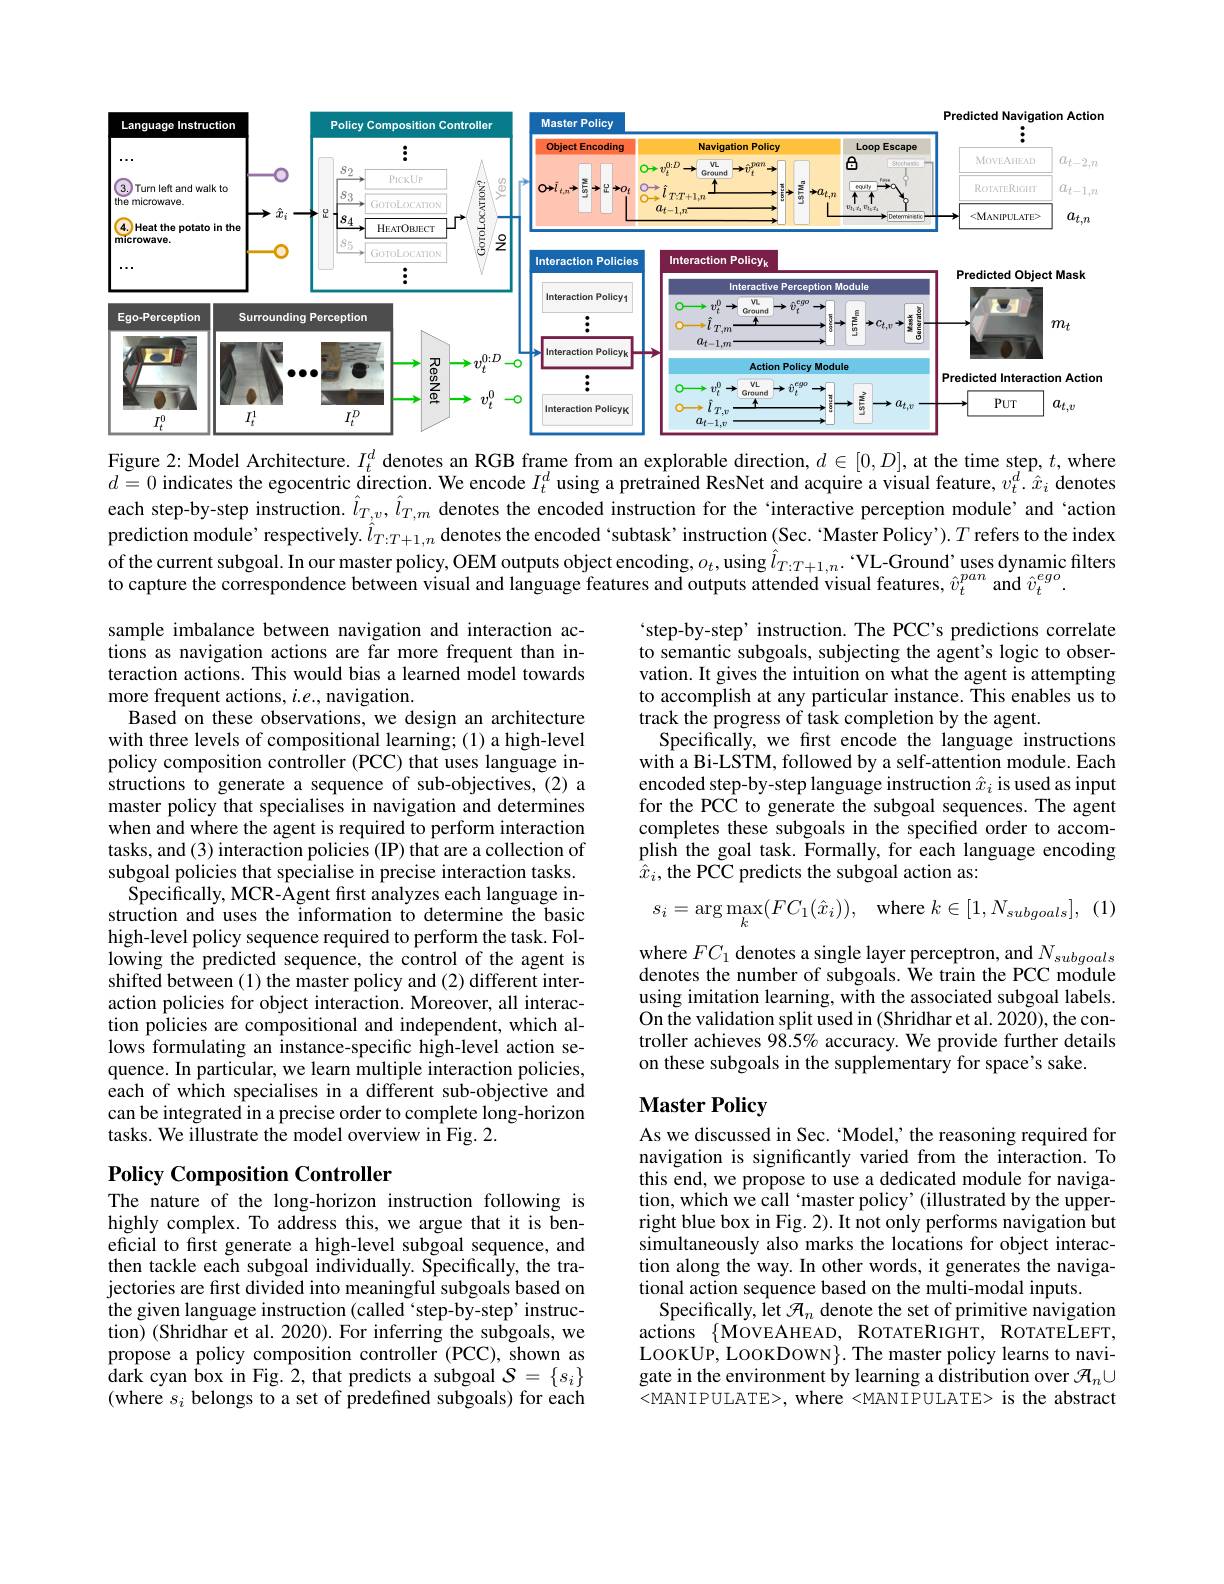
<FigureHere>
Figure 2: Model Architecture. $I_t^d$ denotes an RGB frame from an explorable direction, $d\in[0,D]$, at the time step, $t$, where

$\tilde{d}=0$ indicates the egocentric direction. We encode $I_t^d$ using a pretrained ResNet and acquire a visual feature, $v_t^d.\hat{x}_i$ denotes each step-by-step instruction. $\hat{l}_{T,v},\hat{l}_{T,m}$ denotes the encoded instruction for the `interactive perception module’and ‘action prediction module’ respectively. $\hat{l}_{T:T+1,n}$ denotes the encoded 'subtask' instruction (Sec. 'Master Policy'). $T$ refers to the index of the current subgoal. In our master policy, OEM outputs object encoding, $o_t$, using $\hat{l}_T:T+1,n.$ “VL-Ground’ uses dynamic filters to capture the correspondence between visual and language features and outputs attended visual features, $\hat{v}_t^{pan}$ and $\hat{v}_t^{ego}.$

step-by-step'instruction.The PCC's predictions correlate to semantic subgoals, subjecting the agent's logic to observation. It gives the intuition on what the agent is attempting to accomplish at any particular instance. This enables us to track the progress of task completion by the agent.
Specifically, we first encode the language instructions with a Bi-LSTM, followed by a self-attention module. Each encoded step-by-step language instruction $\hat{x}_i$ is used as input for the PCC to generate the subgoal sequences. The agent completes these subgoals in the specified order to accomplish the goal task. Formally, for each language encoding $\hat{x}_i$, the PCC predicts the subgoal action as:

sample imbalance between navigation and interaction actions as navigation actions are far more frequent than interaction actions. This would bias a learned model towards more frequent actions, $i.e.$, navigation.
Based on these observations, we design an architecture with three levels of compositional learning; (1) a high-level policy composition controller (PCC) that uses language instructions to generate a sequence of sub-objectives, (2) a master policy that specialises in navigation and determines when and where the agent is required to perform interaction tasks, and (3) interaction policies (IP) that are a collection of subgoal policies that specialise in precise interaction tasks. Specifically, MCR- Agent first analyzes each language in- struction and uses the information to determine the basic high-level policy sequence required to perform the task. Following the predicted sequence, the control of the agent is shifted between (1) the master policy and (2) different interaction policies for object interaction. Moreover, all interaction policies are compositional and independent, which allows formulating an instance-specific high-level action sequence. In particular, we learn multiple interaction policies, each of which specialises in a different sub-objective and can be integrated in a precise order to complete long-horizon tasks. We illustrate the model overview in Fig. 2.

(1)
$$s_{i}=\arg\max_{k}(FC_{1}(\hat{x}_{i})),\quad\mathrm{where}\:k\in[1,N_{subgoals}],\:\mathrm{(}$$
where $FC_1$ denotes a single layer perceptron, and $N_{subgoals}$ denotes the number of subgoals. We train the PCC module using imitation learning, with the associated subgoal labels. On the validation split used in (Shridhar et al. 2020), the controller achieves 98.5% accuracy. We provide further details on these subgoals in the supplementary for space's sake.

## $\textbf{Master Policy}$

## Policy Composition Controller The nature of the long-horizon instruction following is

As we discussed in Sec. Model, the reasoning required for navigation is significantly varied from the interaction. To this end, we propose to use a dedicated module for navigation, which we call 'master policy' (illustrated by the upperright blue box in Fig. 2). It not only performs navigation but simultaneously also marks the locations for object interaction along the way. In other words, it generates the navigational action sequence based on the multi-modal inputs.
Specifically, let $\mathcal{H}_n$ denote the set of primitive navigation actions $\{$MoveAHEAD, ROTATERIGHT, ROTATELEFT, LOOKUP, LOOKDOWN}. The master policy learns to navigate in the environment by learning a distribution over $\mathcal{H}_n\cup$ <MANIPULATE>, where <MANIPULATE> is the abstract

highly complex. To address this, we argue that it is beneficial to first generate a high-level subgoal sequence, and then tackle each subgoal individually. Specifically, the trajectories are first divided into meaningful subgoals based on the given language instruction (called‘step-by-step’instruction) (Shridhar et al. 2020). For inferring the subgoals, we propose a policy composition controller (PCC), shown as ${\mathrm{dar}}{\mathrm{k~cyan~box~in~Fig.~2,~that~predicts~a~subgoal~}\mathcal{S}}=\{s_{i}\}$ (where $s_i$ belongs to a set of predefined subgoals) for each